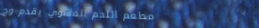
مطعم اللحم المشوي يقدم وج